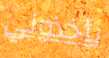
يأخذوني